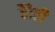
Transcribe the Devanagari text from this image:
हैोती